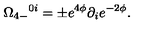
\Omega _ { 4 - } { } ^ { 0 i } = \pm e ^ { 4 \phi } \partial _ { i } e ^ { - 2 \phi } .